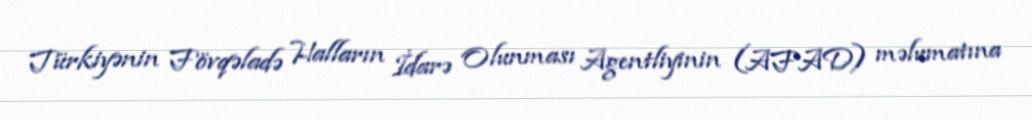
Türkiyənin Fövqəladə Halların İdarə Olunması Agentliyinin (AFAD) məlumatına